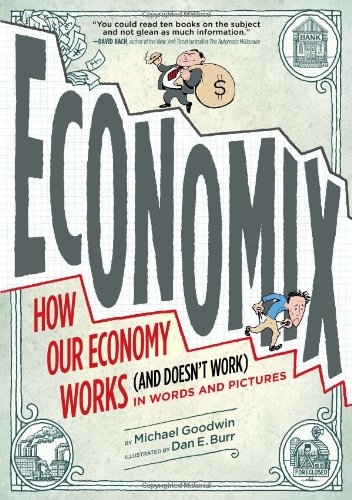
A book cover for Economix: How Our Economy Works (and Doesn't Work),  in Words and Pictures; Michael Goodwin; Comics & Graphic Novels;